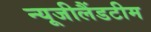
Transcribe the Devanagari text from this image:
न्यूजीलैंडटीम